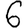
Digit: 6